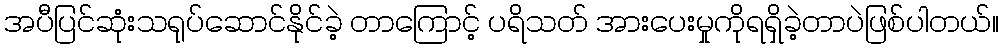
အပီပြင်ဆုံးသရုပ်ဆောင်နိုင်ခဲ့ တာကြောင့် ပရိသတ် အားပေးမှုကိုရရှိခဲ့တာပဲဖြစ်ပါတယ်။